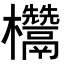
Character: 𭭁